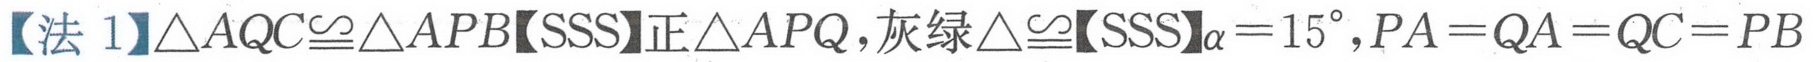
【法 1】\(\triangle AQC\cong\triangle APB\)【SSS】正\(\triangle APQ\)，灰绿\(\triangle\cong\)【SSS】\(\alpha = 15^{\circ}\)，\(PA = QA = QC = PB\)